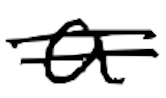
Text: a
Cross-out: double-line
Writing tool: digital_black